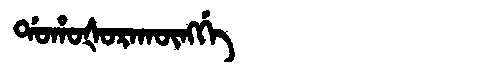
Manchu: ᡩᠣᡥᠣᡧᠣᡵᠠᡴᡡᠩᡤᡝ
Romanization: DOHOŠORAKŪNGGE